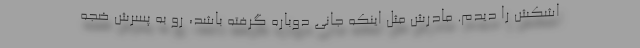
اشکش را دیدم. مادرش مثل اینکه جانی دوباره گرفته باشد، رو به پسرش ضجه